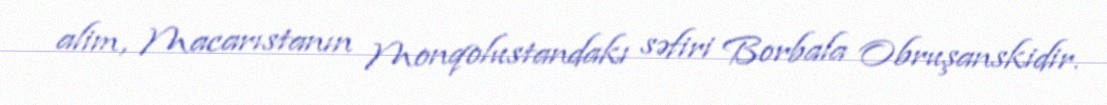
alim, Macarıstanın Monqolustandakı səfiri Borbala Obruşanskidir.